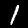
Label: 1